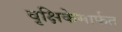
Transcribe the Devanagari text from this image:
वृक्षिकेमार्फत